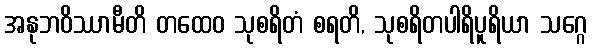
အနုဘဝိဿာမီတိ တထေဝ သုစရိတံ စရတိ, သုစရိတပါရိပူရိယာ သဂ္ဂေ